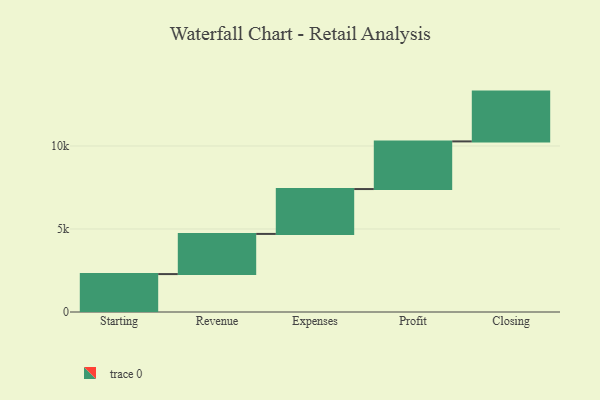
{"axis": {"x": "Step", "y": "Value"}, "legend": [""], "data": [{"x": "Starting", "y": 2284.0, "type": ""}, {"x": "Revenue", "y": 2419.0, "type": ""}, {"x": "Expenses", "y": 2703.0, "type": ""}, {"x": "Profit", "y": 2870.0, "type": ""}, {"x": "Closing", "y": 3000, "type": ""}]}